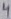
Text: 4